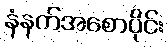
နံနက်အစောပိုင်း